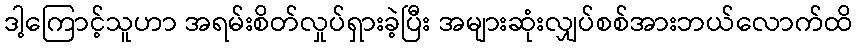
ဒါ့ကြောင့်သူဟာ အရမ်းစိတ်လှုပ်ရှားခဲ့ပြီး အများဆုံးလျှပ်စစ်အားဘယ်လောက်ထိ